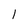
Character: I